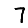
Digit: 7